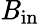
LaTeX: \mathit{B}_{\mathrm{{in}}}